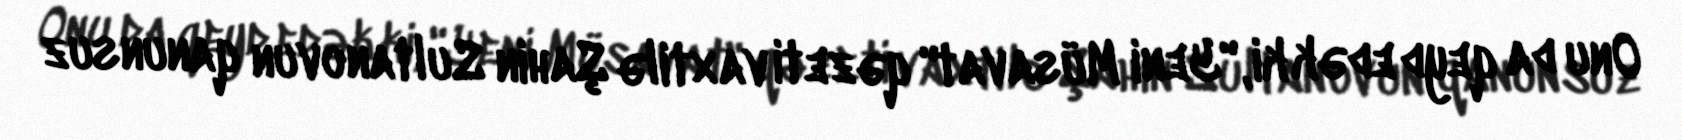
Onu da qeyd edək ki, "Yeni Müsavat" qəzeti vaxtilə Şahin Sultanovun qanunsuz